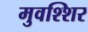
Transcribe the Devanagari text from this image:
मुवश्शिर